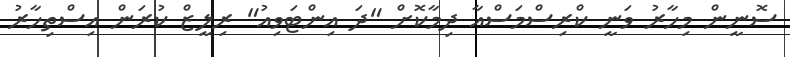
ސޮނީން މިހާރު ވަނީ ކްރިސްމަސްއާ ދިމާކޮށް "ދަ އިންޓަވިއު" ރިލީޒް ކުރަން އިސްތިހާރު